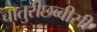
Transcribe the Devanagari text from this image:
चातुरीछब्बीसी